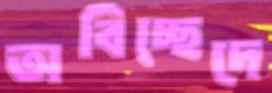
অবিচ্ছেদে